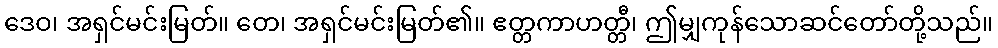
ဒေဝ၊ အရှင်မင်းမြတ်။ တေ၊ အရှင်မင်းမြတ်၏။ ဧတ္တကာဟတ္တီ၊ ဤမျှကုန်သောဆင်တော်တို့သည်။